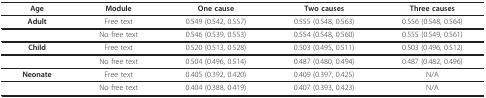
| Age | Module | One cause | Two causes | Three causes |
 | --- | --- | --- | --- | --- |
 | Adult | Free text | 0.549 (0.542, 0.557) | 0.555 (0.548, 0.563) | 0.556 (0.548, 0.564) |
 |  | No free text | 0.546 (0.539, 0.553) | 0.554 (0.548, 0.560) | 0.555 (0.549, 0.561) |
 | Child | Free text | 0.520 (0.513, 0.528) | 0.503 (0.495, 0.511) | 0.503 (0.496, 0.512) |
 |  | No free text | 0.504 (0.496, 0.514) | 0.487 (0.480, 0.494) | 0.487 (0.482, 0.496) |
 | Neonate | Free text | 0.405 (0.392, 0.420) | 0.409 (0.397, 0.425) | N/A |
 |  | No free text | 0.404 (0.388, 0.419) | 0.407 (0.393, 0.423) | N/A |